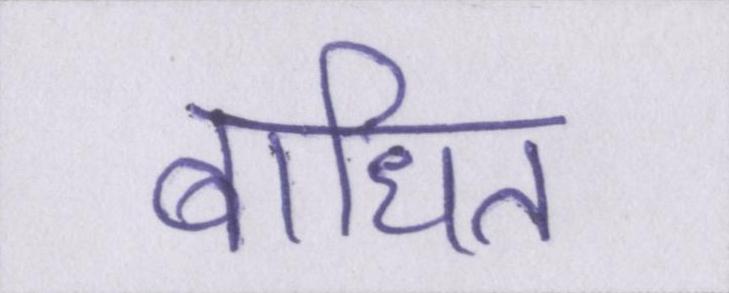
बाधित